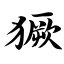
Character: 獗